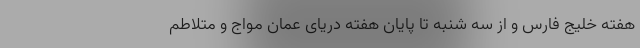
هفته خلیج فارس و از سه شنبه تا پایان هفته دریای عمان مواج و متلاطم